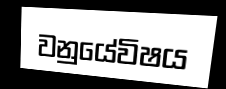
වනුයේවිෂය